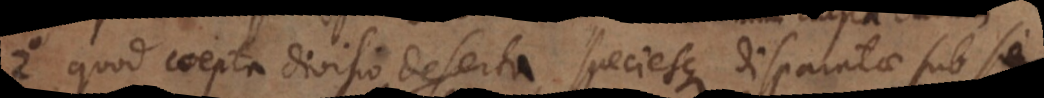
2 quod coepta divisio deserta, speciesque disparatae sub se